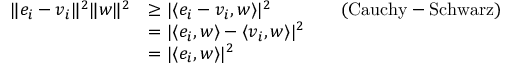
\begin{array} { r l r l } { \| e _ { i } - v _ { i } \| ^ { 2 } \| w \| ^ { 2 } } & { \ge | \langle e _ { i } - v _ { i } , w \rangle | ^ { 2 } } & & { ( \mathrm { C a u c h y - S c h w a r z } ) } \\ & { = | \langle e _ { i } , w \rangle - \langle v _ { i } , w \rangle | ^ { 2 } } \\ & { = | \langle e _ { i } , w \rangle | ^ { 2 } } \end{array}